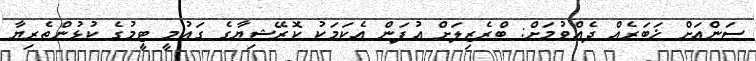
ސަންއަށް ޚަބަރެއް ދެއްވުމަށް: ބްރެޒިލަށް އުފަން އެކަމަކު ކޮރޭޝިޔާގެ ގައުމީ ޓީމުގެ ކުޅުންތެރިޔާ